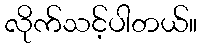
လိုက်သင့်ပါတယ်။